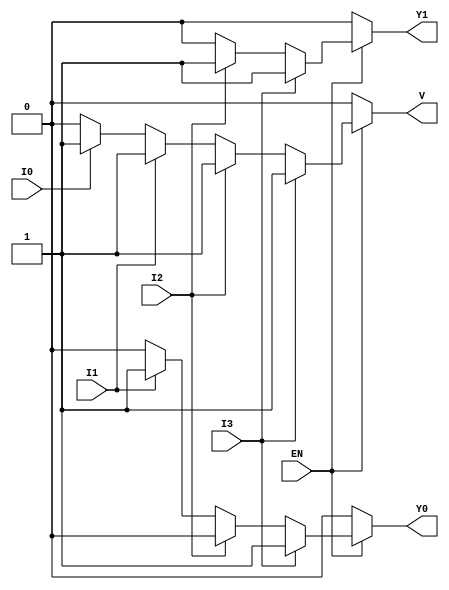
module encoder_4to2 (
    input wire I3,    // Input 3 (highest priority)
    input wire I2,    // Input 2
    input wire I1,    // Input 1
    input wire I0,    // Input 0 (lowest priority)
    input wire EN,    // Enable signal
    output reg Y1,    // Output 1
    output reg Y0,    // Output 0
    output reg V      // Valid output
);

always @(*) begin
    // Default outputs
    Y1 = 1'b0;
    Y0 = 1'b0;
    V = 1'b0;

    if (EN) begin
        if (I3) begin
            Y1 = 1'b1; 
            Y0 = 1'b1; 
            V = 1'b1; // Valid output when I3 is active
        end else if (I2) begin
            Y1 = 1'b1; 
            Y0 = 1'b0; 
            V = 1'b1; // Valid output when I2 is active
        end else if (I1) begin
            Y1 = 1'b0; 
            Y0 = 1'b1; 
            V = 1'b1; // Valid output when I1 is active
        end else if (I0) begin
            Y1 = 1'b0; 
            Y0 = 1'b0; 
            V = 1'b1; // Valid output when I0 is active
        end
    end
end

endmodule